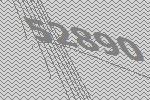
52890